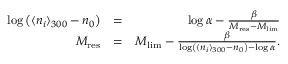
\begin{array} { r l r } { \log \left( \langle n _ { i } \rangle _ { 3 0 0 } - n _ { 0 } \right) } & { = } & { \log \alpha - \frac { \beta } { M _ { \mathrm { r e s } } - M _ { \mathrm { l i m } } } } \\ { M _ { \mathrm { r e s } } } & { = } & { M _ { \mathrm { l i m } } - \frac { \beta } { \log \left( \langle n _ { i } \rangle _ { 3 0 0 } - n _ { 0 } \right) - \log \alpha } . } \end{array}